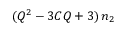
( Q ^ { 2 } - 3 C Q + 3 ) \, n _ { 2 }